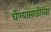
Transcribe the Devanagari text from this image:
घेण्यासाठीच्या